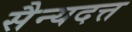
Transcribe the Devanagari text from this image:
सैन्यदत्त